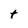
Character: t